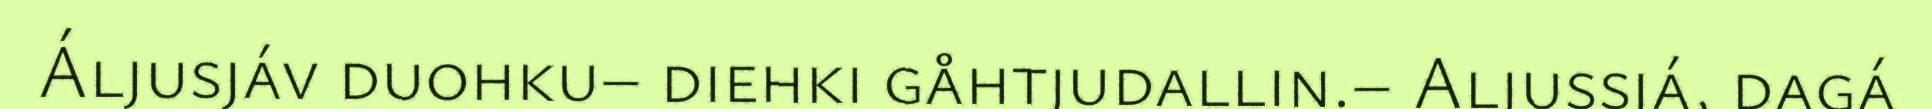
Áljusjáv duohku– diehki gåhtjudallin.– Aljussjá, dagá